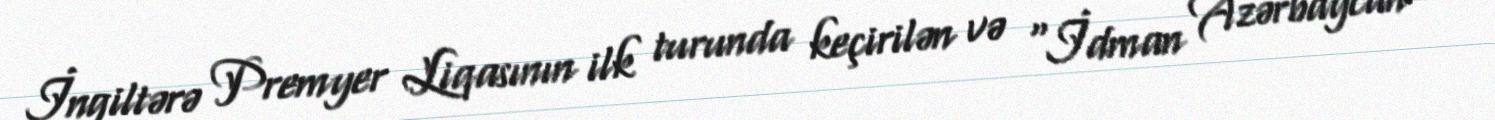
İngiltərə Premyer Liqasının ilk turunda keçirilən və “İdman Azərbaycan”